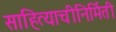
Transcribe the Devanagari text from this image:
साहित्याचीनिर्मिती